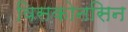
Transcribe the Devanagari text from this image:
विसकोनसिन